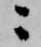
ニ